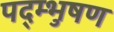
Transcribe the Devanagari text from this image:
पद्म्भुषण